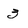
Character: 3